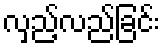
လှည့်လည်ခြင်း